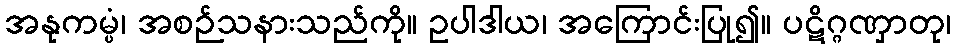
အနုကမ္ပံ၊ အစဉ်သနားသည်ကို။ ဥပါဒါယ၊ အကြောင်းပြု၍။ ပဋိဂ္ဂဏှာတု၊